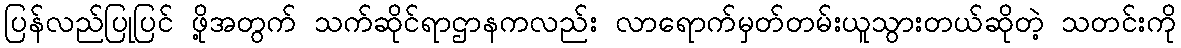
ပြန်လည်ပြုပြင် ဖို့အတွက် သက်ဆိုင်ရာဌာနကလည်း လာရောက်မှတ်တမ်းယူသွားတယ်ဆိုတဲ့ သတင်းကို